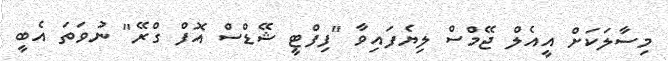
މިސާލަކަށް އީއެލް ޖޭމްސް ލިޔެފައިވާ "ފިފްޓީ ޝޭޑްސް އޮފް ގްރޭ" ނުވަތަ އެބީ